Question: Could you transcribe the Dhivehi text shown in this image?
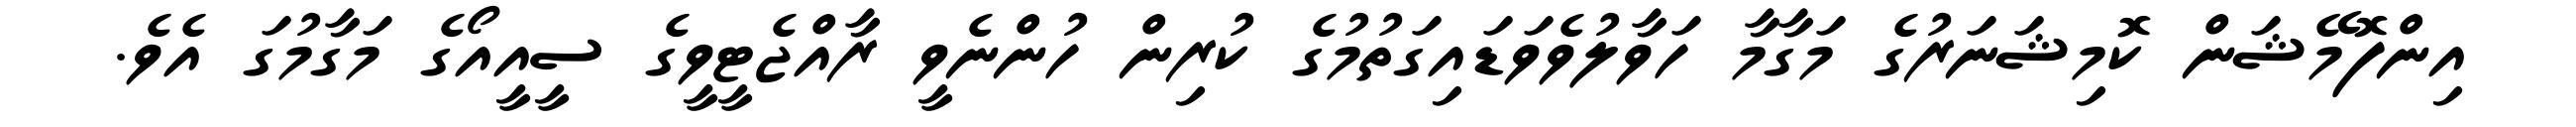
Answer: އިންފޮމޭޝަން ކޮމިޝަނަރުގެ މަގާމާ ހަވާލުވެވަޑައިގަތުމުގެ ކުރިން ހުންނެވީ ރާއްޖެޓީވީގެ ސީއީއޯގެ މަގާމުގަ އެވެ.